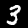
Digit: 3